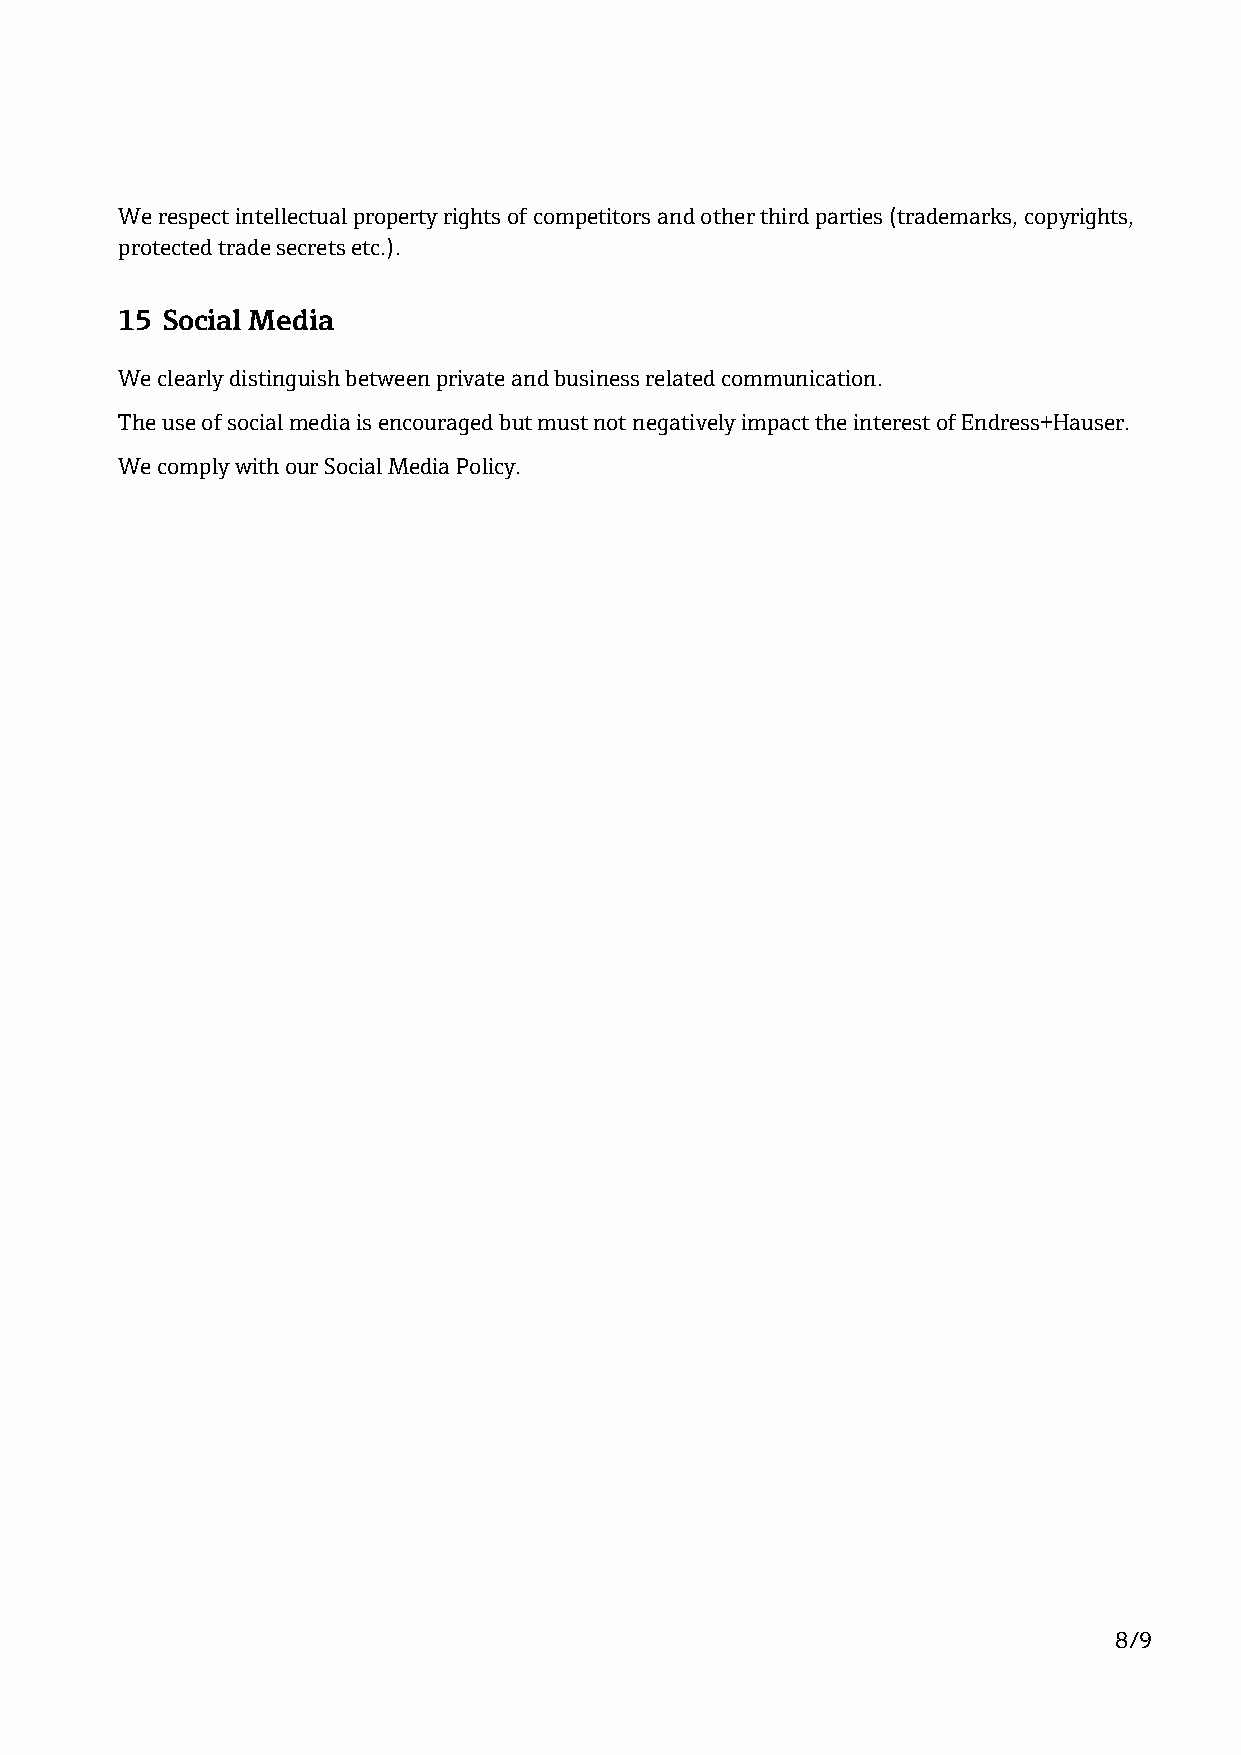
We respect intellectual property rights of competitors and other third parties (trademarks, copyrights,
 protected trade secrets etc.).
 15 Social Media
 We clearly distinguish between private and business related communication.
 The use of social media is encouraged but must not negatively impact the interest of Endress+Hauser.
 We comply with our Social Media Policy.
 8/9